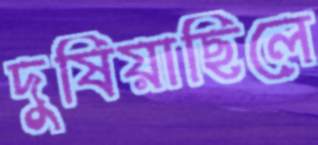
দুষিয়াছিলে